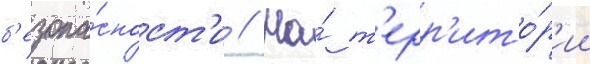
б'езопа́сност'и // На́ т'ерр'ито́р'ии